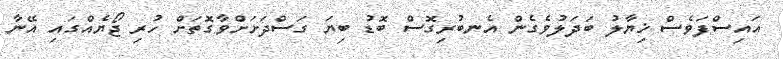
އައިސްފަވެސް ޚިޔާލު ބަދަލުވެގެން އެނބުރިގޮސް ބޮޑު ބިޔަ ގަސްދަށަށްވާގޮތަށް ހުރި ޖޯޔެއްގައި އޭނާ